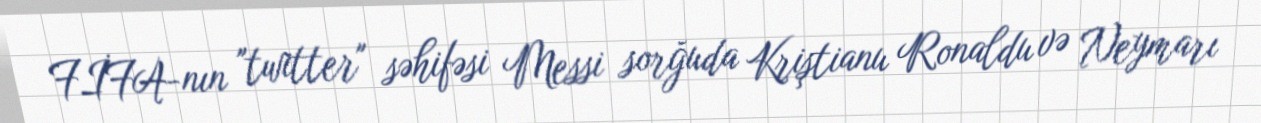
FİFA-nın "twitter" səhifəsi Messi sorğuda Kriştianu Ronaldu və Neymarı